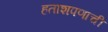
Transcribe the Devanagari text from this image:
हताशपणाची